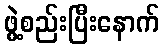
ဖွဲ့စည်းပြီးနောက်